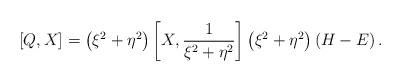
LaTeX: \begin{align*}\left[ Q,X\right] =\left( \xi ^{2}+\eta ^{2}\right) \left[ X,\frac{1}{\xi^{2}+\eta ^{2}}\right] \left( \xi ^{2}+\eta ^{2}\right) \left( H-E\right) .\end{align*}